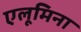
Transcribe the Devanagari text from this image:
एलूमिना